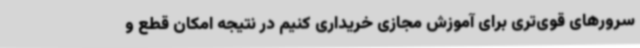
سرورهای قوی‌تری برای آموزش مجازی خریداری کنیم در نتیجه امکان قطع و